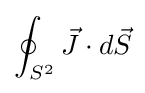
\oint _{S^{2}}{\vec {J}}\cdot d{\vec {S}}